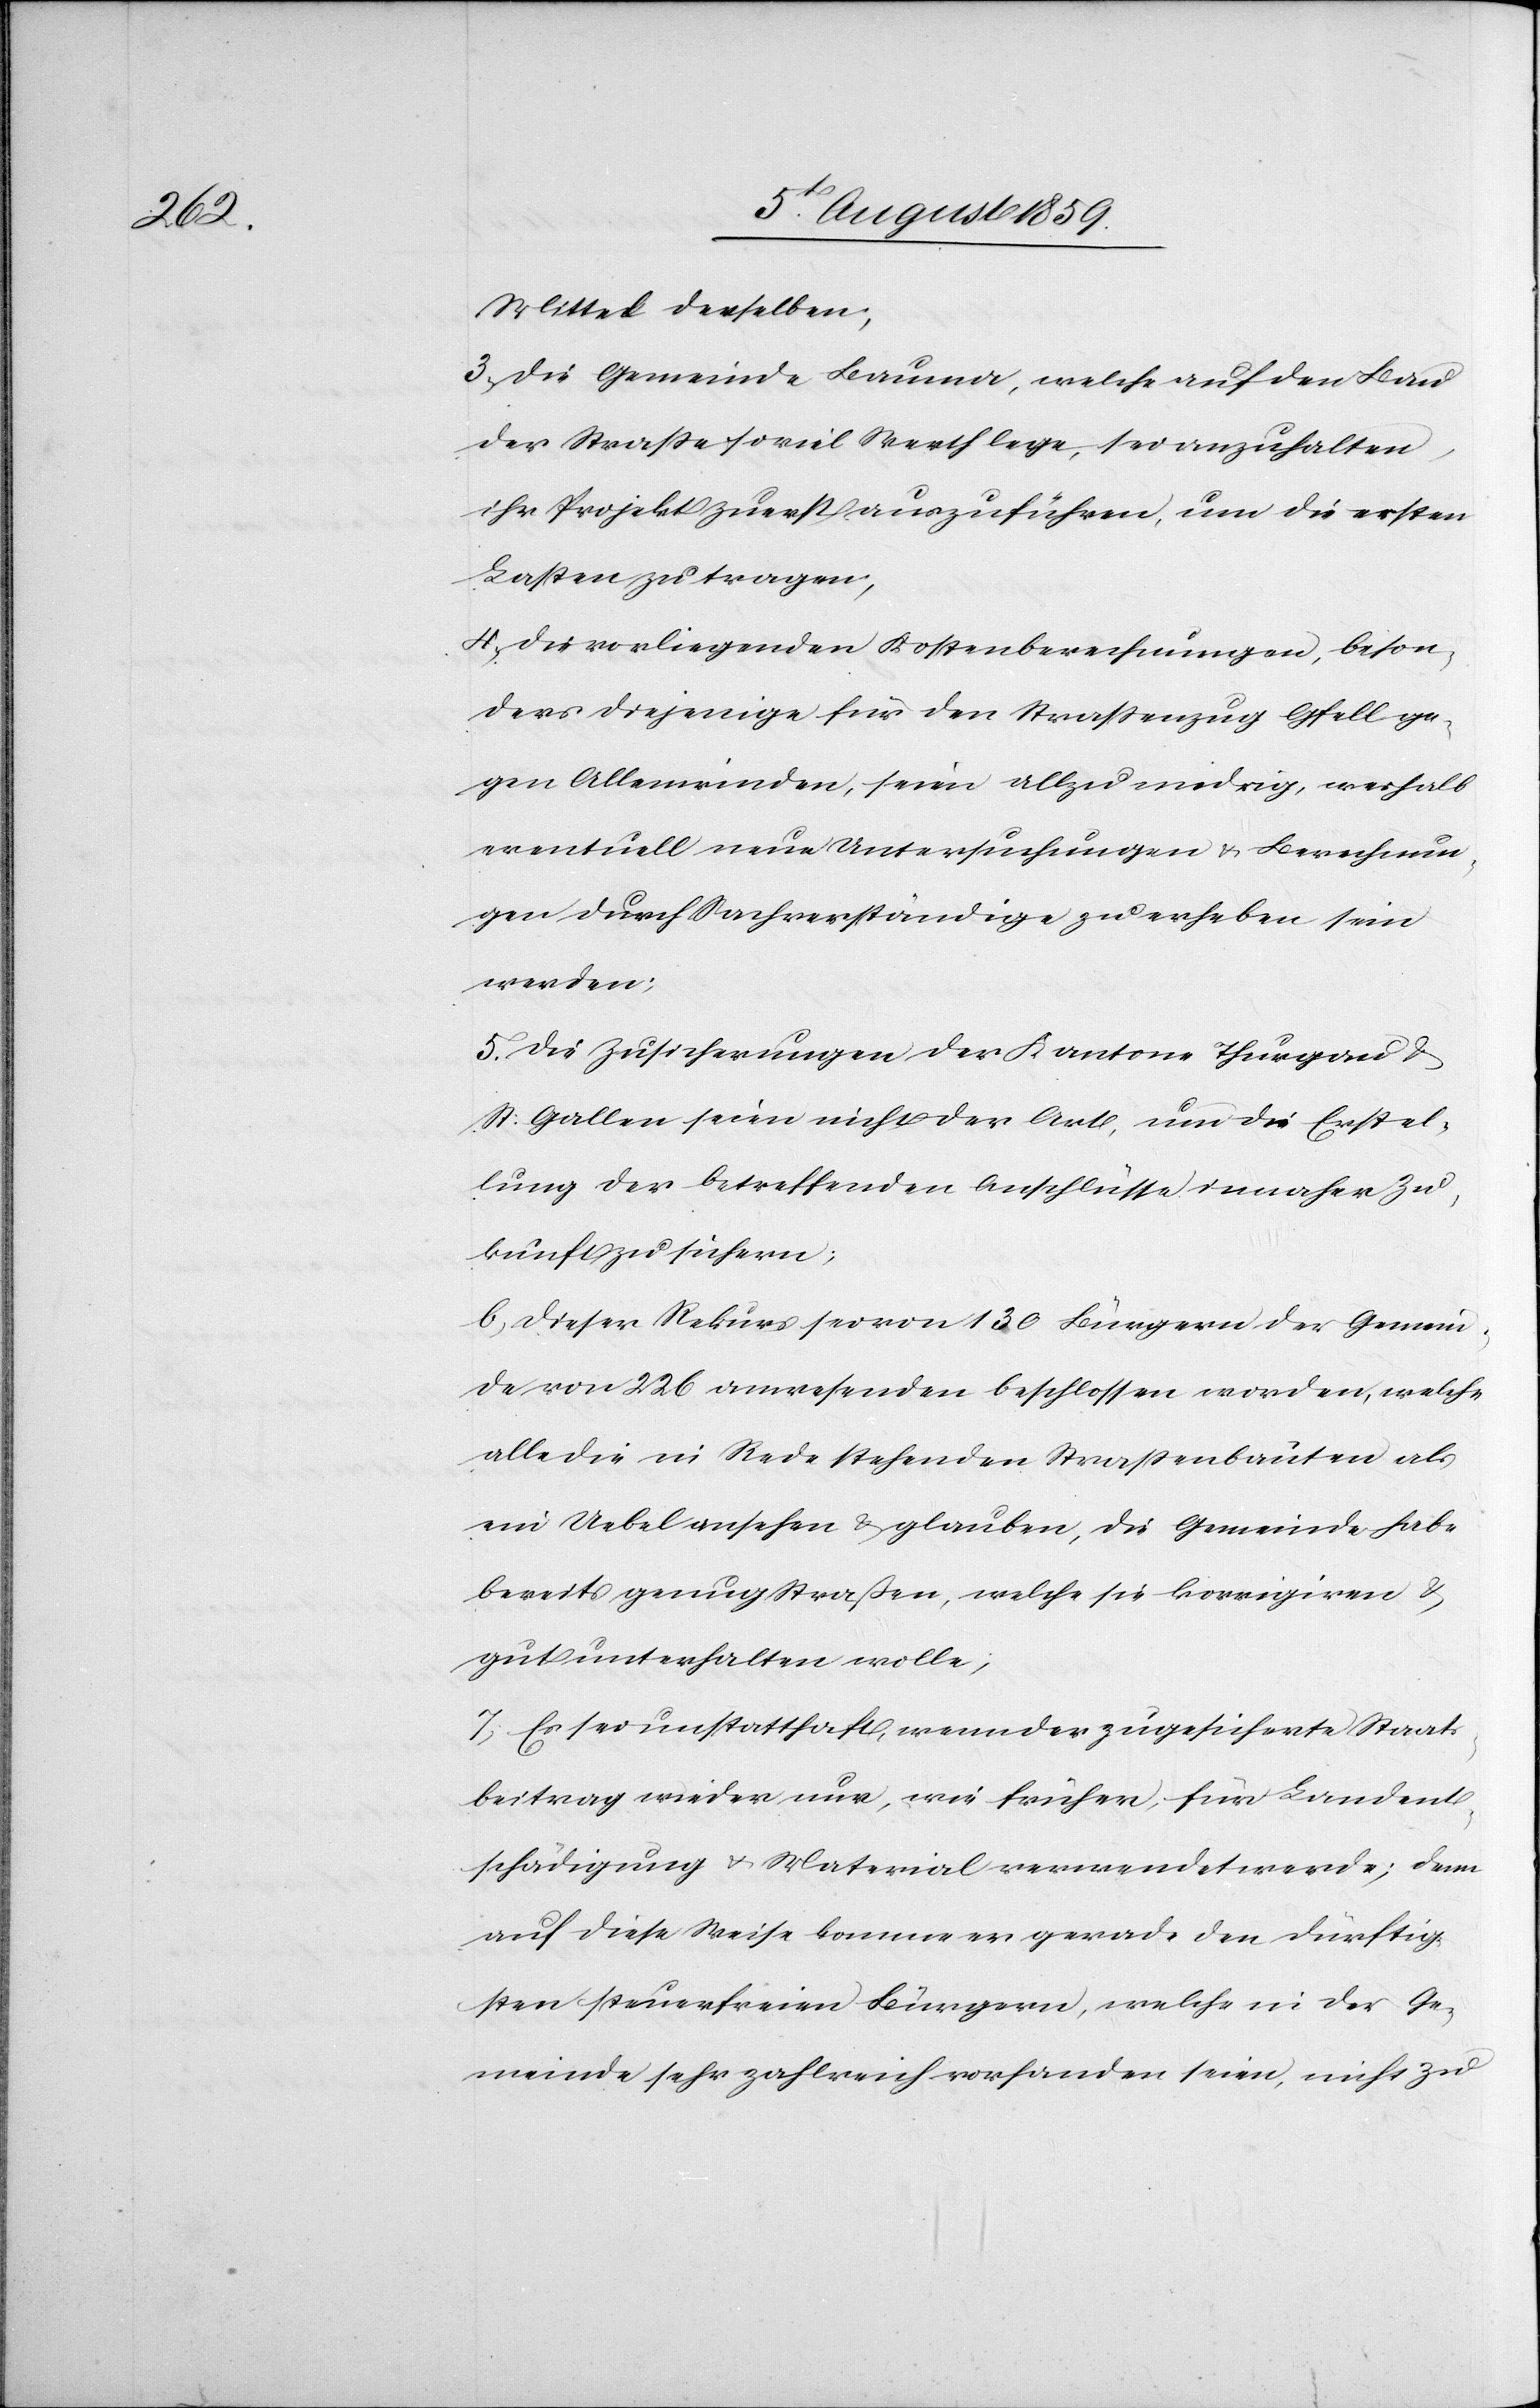
Mittel desselben;
3. Die Gemeinde Bauma, welche auf den Bau
der Straße so viel Werth lege, sei anzuhalten,
ihr Projekt zuerst auszuführen, um die ersten
Lasten zu tragen;
4. Die vorliegenden Kostenberechnungen, beson¬
ders diejenige für den Straßenzug Gfell ge¬
gen Allenwinden, seien allzu niedrig, weshalb
eventuell neue Untersuchungen u. Berechnun¬
gen durch Sachverständige zu erheben sein
werden;
5. Die Zusicherungen der Kantone Thurgau u.
St. Gallen seien nicht der Art, um die Erstel¬
lung der betreffenden Anschlüsse in naher Zu¬
kunft zu sichern;
6.] Dieser Rekurs sei von 130 Bürgern der Gemein¬
de von 226 anwesenden beschlossen worden, welche
alle die in Rede stehenden Straßenbauten als
ein Uebel ansehen u. glauben, die Gemeinde habe
bereits genug Straßen, welche sie korrigieren u.
gut unterhalten wolle;
7. Es sei unstatthaft, wenn der zugesicherte Staats¬
beitrag wieder nur, wie früher, für Landent¬
schädigung u. Material verwendet werde; denn
auf diese Weise komme er gerade den dürftig¬
sten steuerfreien Bürgern, welche in der Ge¬
meinde sehr zahlreich vorhanden seien, nicht zu